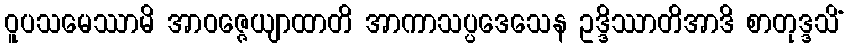
ဝူပသမေဿာမိ အာဝဇ္ဇေယျာထာတိ အာကာသပ္ပဒေသေန ဥဒ္ဒိဿာတိအာဒိ စာတုဒ္ဒသိံ